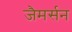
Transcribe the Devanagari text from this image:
जैमर्सन